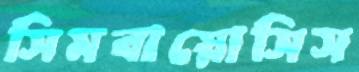
সিমবায়োসিস